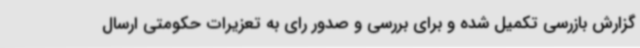
گزارش بازرسی تکمیل شده و برای بررسی و صدور رای به تعزیرات حکومتی ارسال